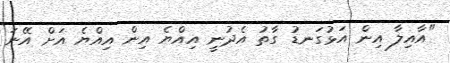
"އާއިލާ އިން އަޅުގަނޑު ގާތު އެދުނީ އިއްޔެ އިން އިއްޔެ އަށް އޭނަ